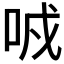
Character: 𠲌